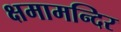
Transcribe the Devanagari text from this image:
क्षमामन्दिर